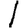
Digit: 1